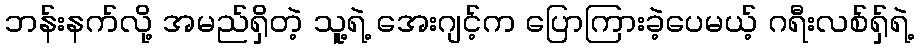
ဘန်းနက်လို့ အမည်ရှိတဲ့ သူ့ရဲ့ အေးဂျင့်က ပြောကြားခဲ့ပေမယ့် ဂရီးလစ်ရှ်ရဲ့